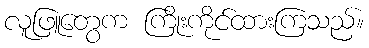
လူဖြူတွေက ကြိုးကိုင်ထားကြသည်။